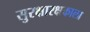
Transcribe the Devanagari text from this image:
सुरक्षारक्षकाला